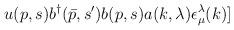
LaTeX: \begin{align*}u(p,s)b^\dagger(\bar{p},s^\prime)b(p,s)a(k,\lambda)\epsilon ^{\lambda}_{\mu}(k)]\end{align*}